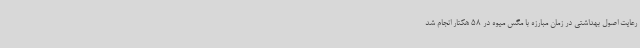
رعایت اصول بهداشتی در زمان مبارزه با مگس میوه در 58 هکتار انجام شد